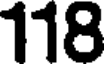
118